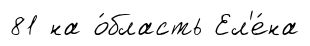
81 на о́бласть Ел'е́на